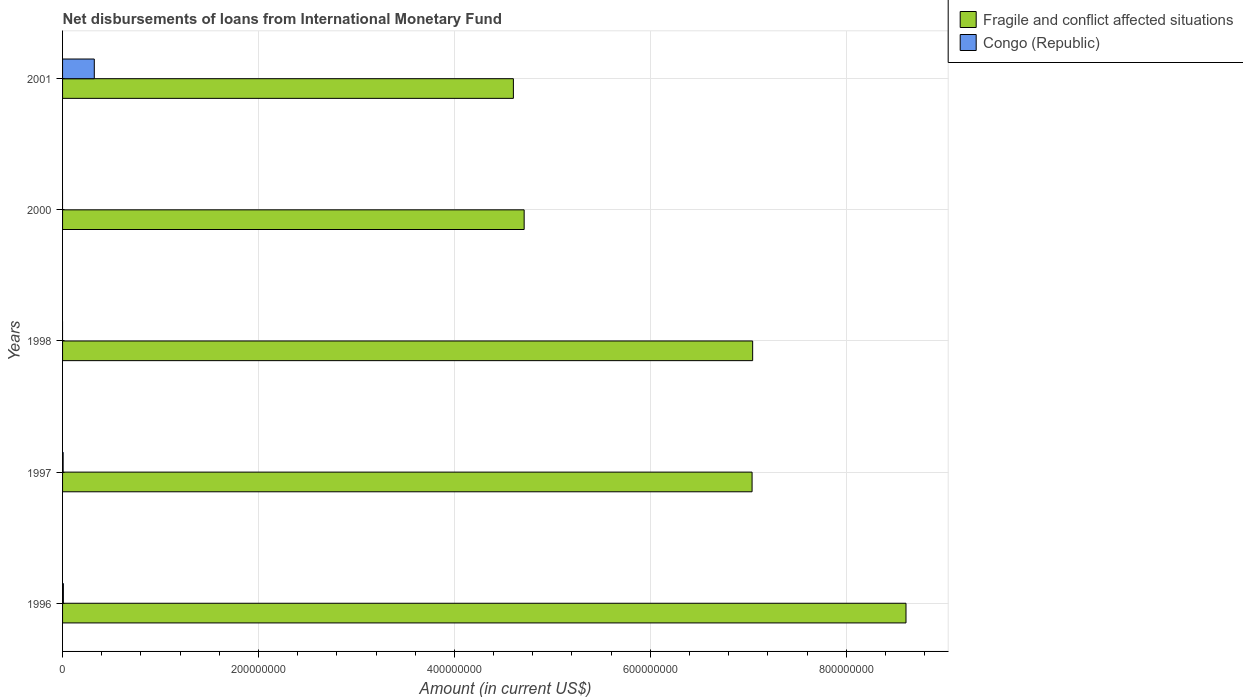
| Years | Fragile and conflict affected situations | Congo (Republic) |
 | --- | --- | --- |
 | 1996 | 8.61e+08 | 8.24e+05 |
 | 1997 | 7.04e+08 | 5.89e+05 |
 | 1998 | 7.05e+08 | -4.3e+05 |
 | 2000 | 4.71e+08 | -8.72e+05 |
 | 2001 | 4.6e+08 | 3.24e+07 |